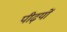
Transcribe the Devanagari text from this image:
पीढ़यों